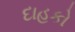
દાહકો